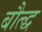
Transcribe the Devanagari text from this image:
बौत्द्ध